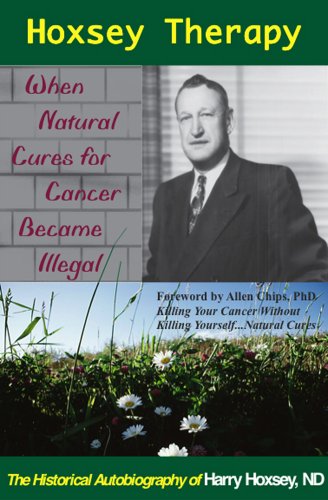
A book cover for Hoxsey Therapy: When Natural Cures for Cancer Became Illegal; the Authobiogaphy of Harry Hoxsey, ND; Harry Hoxsey; Health, Fitness & Dieting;